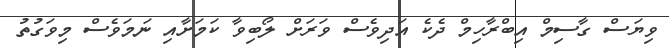
ވިޔަސް ގާސިމް އިބްރާހިމް ދެކެ އަދިވެސް ވަރަށް ލޯބިވާ ކަމަށާއި ނަމަވެސް މިވަގުތު